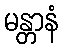
မန္တာနံ